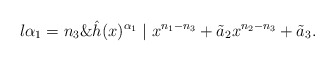
\begin{align*}l\alpha_1=n_3\& \hat h(x)^{\alpha_1} \mid x^{n_1-n_3}+\tilde a_2x^{n_2-n_3}+\tilde a_3.\end{align*}